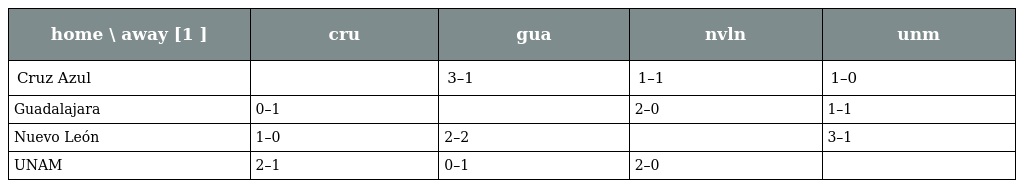
| home \ away [1 ] | cru | gua | nvln | unm |
 | --- | --- | --- | --- | --- |
 | Cruz Azul |  | 3–1 | 1–1 | 1–0 |
 | Guadalajara | 0–1 |  | 2–0 | 1–1 |
 | Nuevo León | 1–0 | 2–2 |  | 3–1 |
 | UNAM | 2–1 | 0–1 | 2–0 |  |